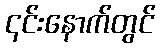
၎င်းနောက်တွင်